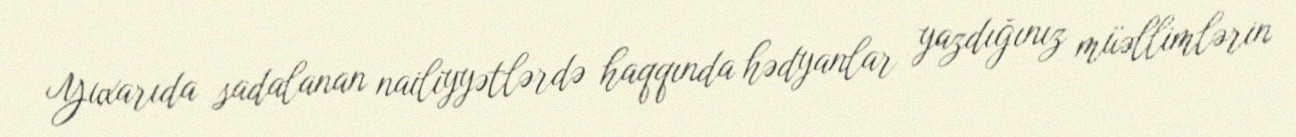
Yuxarıda sadalanan nailiyyətlərdə haqqında hədyanlar yazdığınız müəllimlərin